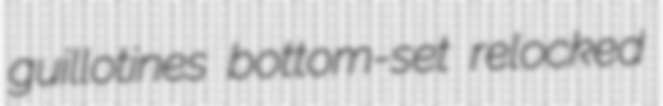
guillotines bottom-set relocked